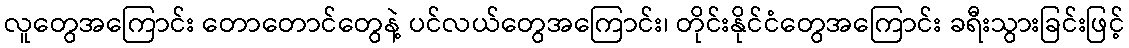
လူတွေအကြောင်း တောတောင်တွေနဲ့ ပင်လယ်တွေအကြောင်း၊ တိုင်းနိုင်ငံတွေအကြောင်း ခရီးသွားခြင်းဖြင့်